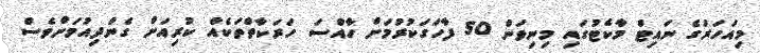
މިއަހަރުގެ ނައިޓް މާކެޓުގައި މިނިވަން 50 ފާހަގަކުރުމަށް ހާއްސަ ހަރަކާތްތަކެއް ކުރިއަށް ގެންދިއުމަށްވެސް